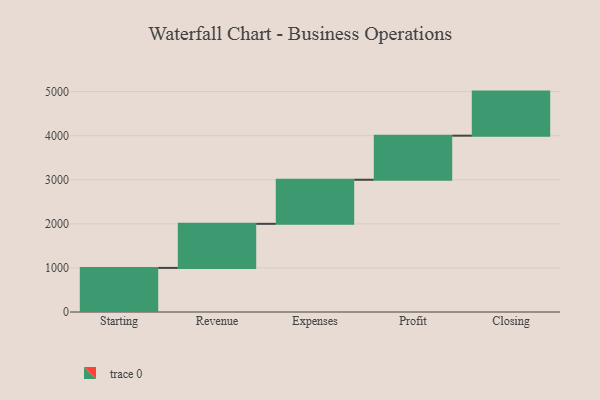
{"axis": {"x": "Step", "y": "Value"}, "legend": [""], "data": [{"x": "Starting", "y": 1000, "type": ""}, {"x": "Revenue", "y": 1000, "type": ""}, {"x": "Expenses", "y": 1000, "type": ""}, {"x": "Profit", "y": 1000, "type": ""}, {"x": "Closing", "y": 1000, "type": ""}]}